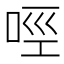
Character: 𠲮